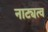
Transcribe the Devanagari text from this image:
नाट्यत्व